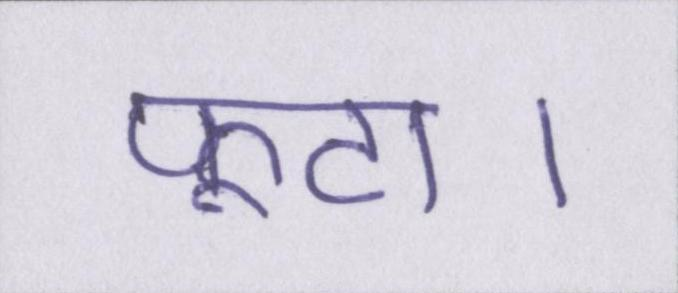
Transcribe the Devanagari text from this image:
फूटा।